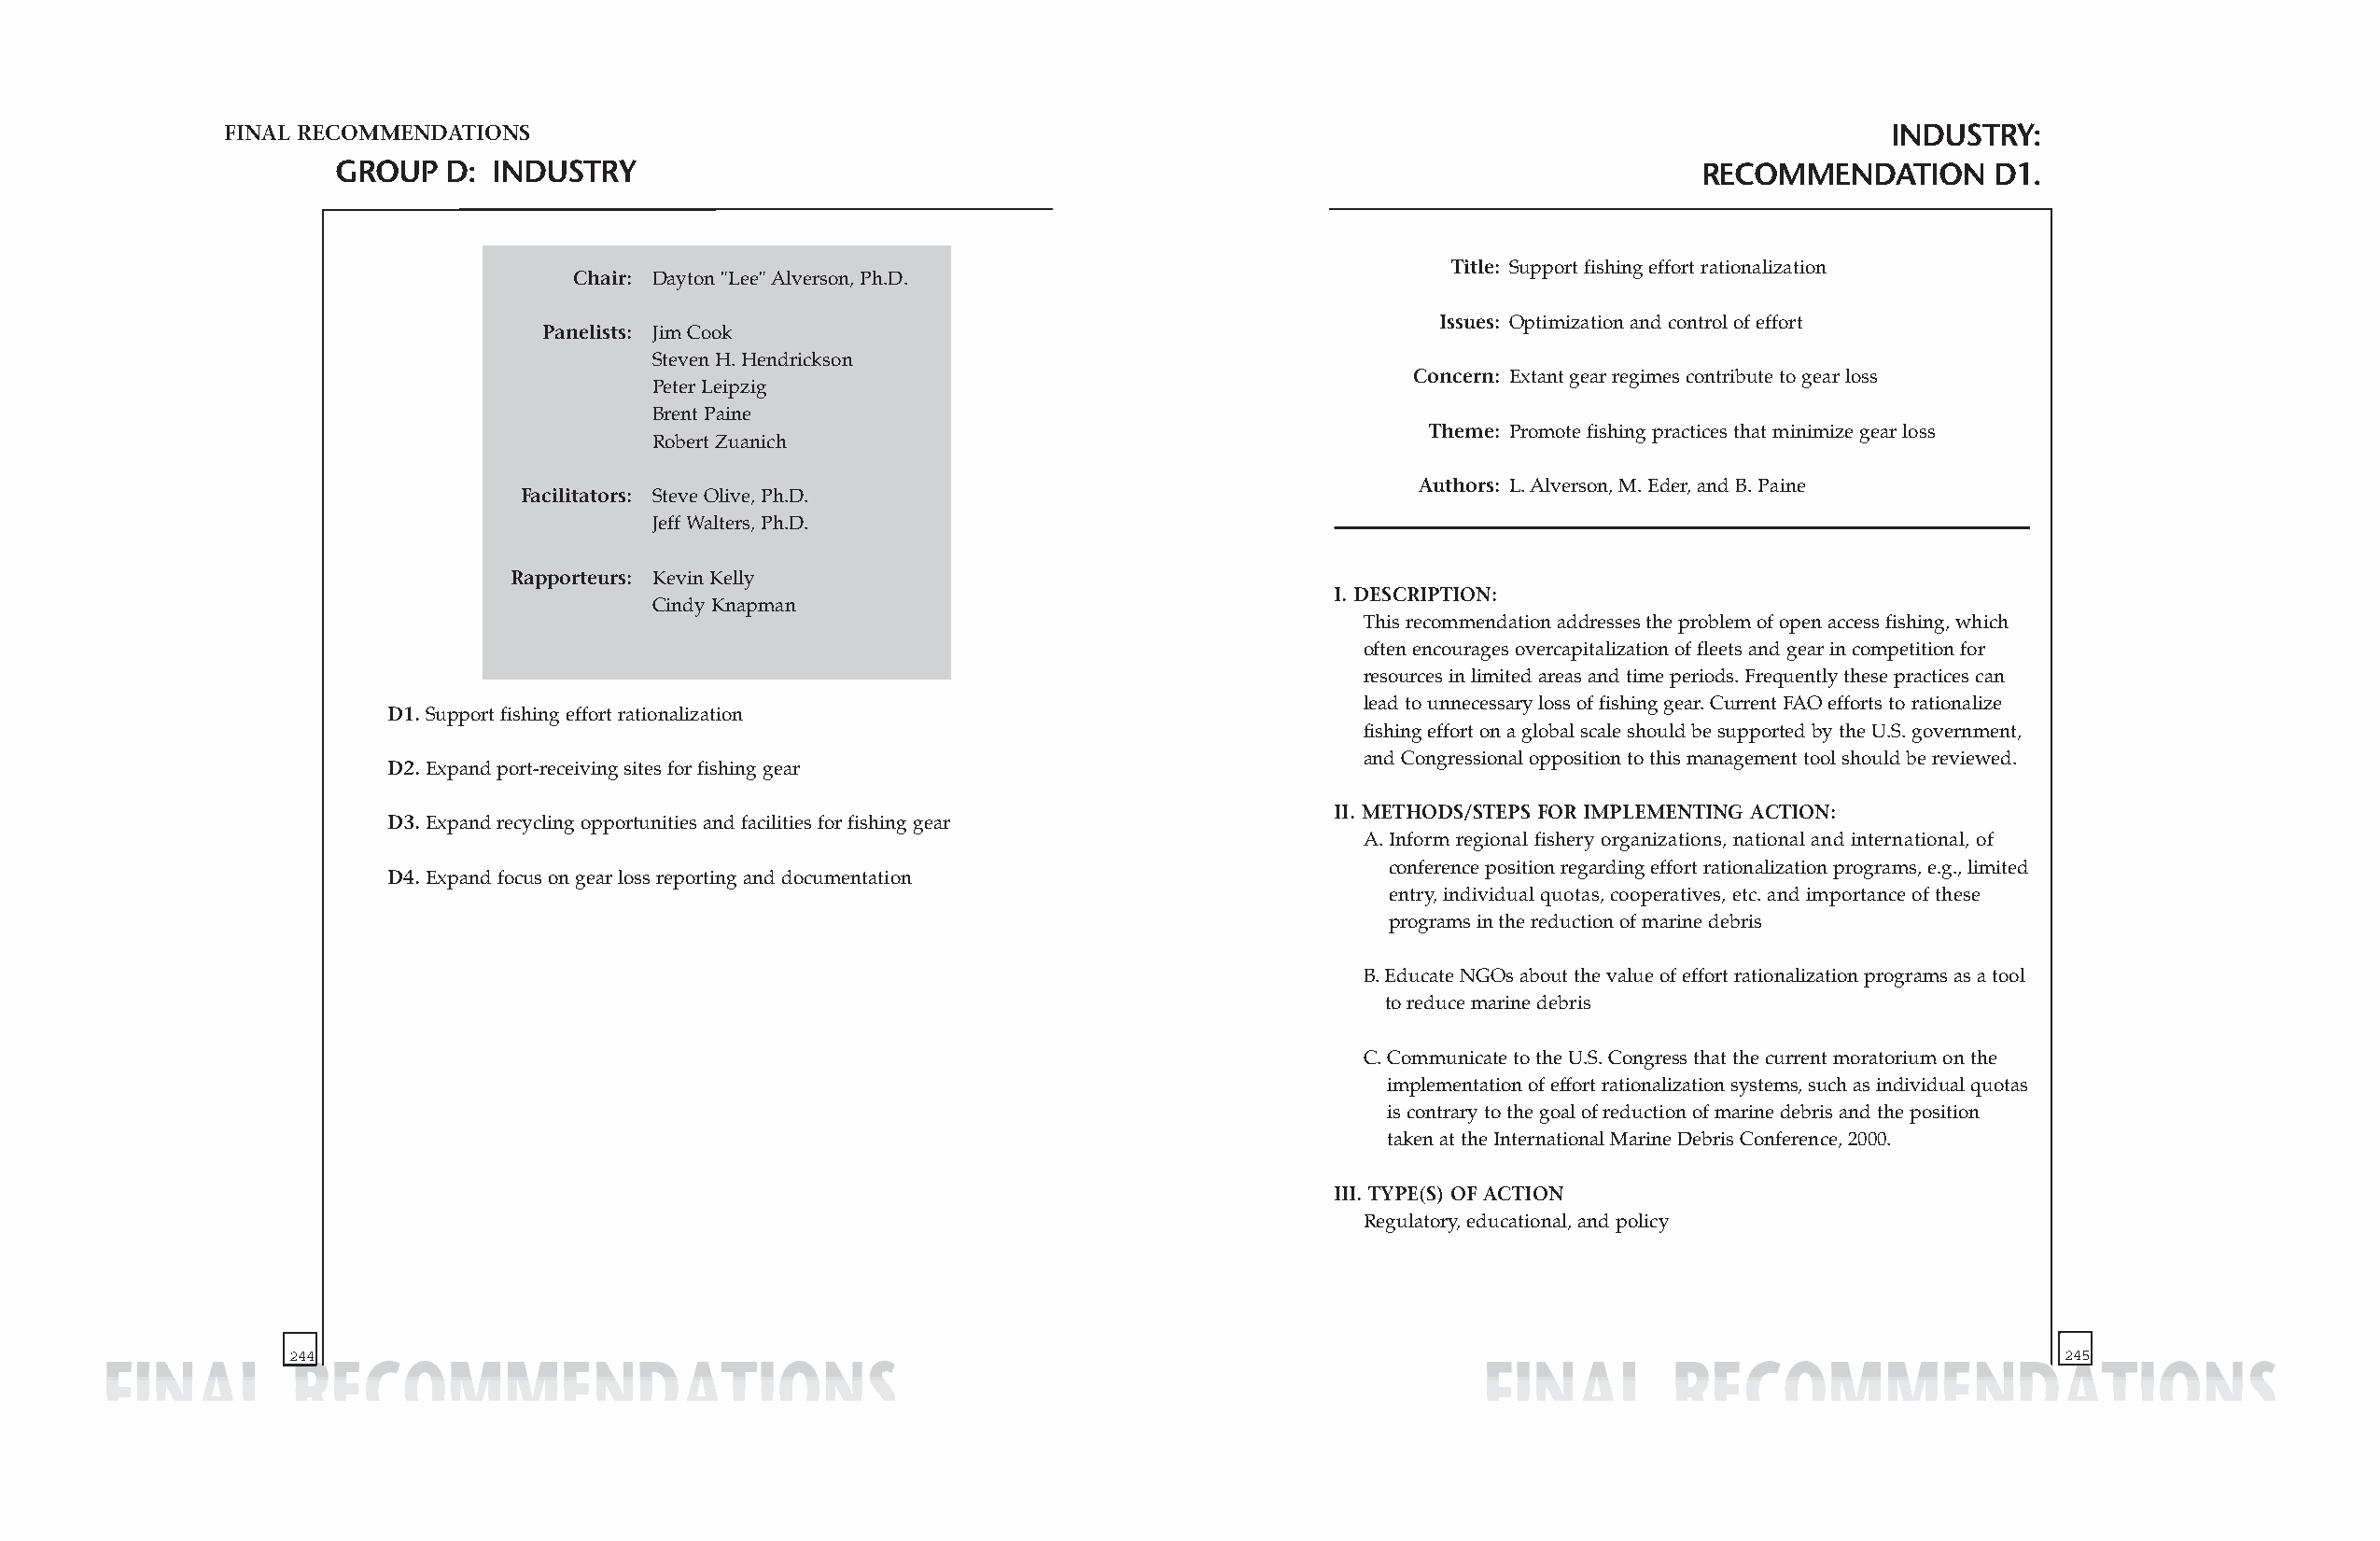
FINAL RECOMMENDATIONS                                                                                                 INDUSTRY:
 GROUP   D: INDUSTRY                                                                              RECOMMENDATION      D1.
 Title: Support fishing effort rationalization
 Chair: Dayton "Lee" Alverson, Ph.D.
 Issues: Optimization and control of effort
 Panelists: Jim Cook
 Steven H. Hendrickson
 Concern: Extant gear regimes contribute to gear loss
 Peter Leipzig
 Brent Paine
 Theme: Promote fishing practices that minimize gear loss
 Robert Zuanich
 Authors: L. Alverson, M. Eder, and B. Paine
 Facilitators: Steve Olive, Ph.D.
 Jeff Walters, Ph.D.
 Rapporteurs: Kevin Kelly
 I. DESCRIPTION:
 Cindy Knapman
 This recommendation addresses the problem of open access fishing, which
 often encourages overcapitalization of fleets and gear in competition for
 resources in limited areas and time periods. Frequently these practices can
 lead to unnecessary loss of fishing gear. Current FAO efforts to rationalize
 D1.Support fishing effort rationalization
 fishing effort on a global scale should be supported by the U.S. government,
 and Congressional opposition to this management tool should be reviewed.
 D2.Expand port-receiving sites for fishing gear
 II. METHODS/STEPS FOR IMPLEMENTING ACTION:
 D3.Expand recycling opportunities and facilities for fishing gear
 A. Inform regional fishery organizations, national and international, of
 conference position regarding effort rationalization programs, e.g., limited
 D4.Expand focus on gear loss reporting and documentation
 entry, individual quotas, cooperatives, etc. and importance of these
 programs in the reduction of marine debris
 B. Educate NGOs about the value of effort rationalization programs as a tool
 to reduce marine debris
 C. Communicate to the U.S. Congress that the current moratorium on the
 implementation of effort rationalization systems, such as individual quotas
 is contrary to the goal of reduction of marine debris and the position
 taken at the International Marine Debris Conference, 2000.
 III. TYPE(S) OF ACTION
 Regulatory, educational, and policy
 244                                                                                                                           245